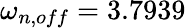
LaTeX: \omega_{n,off}=3.7939